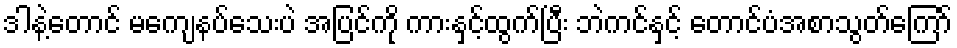
ဒါနဲ့တောင် မကျေနပ်သေးပဲ အပြင်ကို ကားနှင့်ထွက်ပြီး ဘဲကင်နှင့် တောင်ပံအစာသွတ်ကြော်